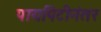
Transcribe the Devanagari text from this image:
पायपिटीनंतर